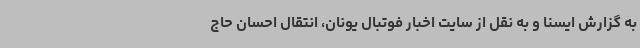
به گزارش ایسنا و به نقل از سایت اخبار فوتبال یونان، انتقال احسان حاج